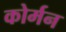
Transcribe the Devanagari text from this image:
कोर्मन